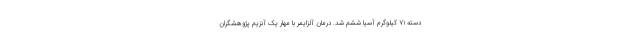
دسته ۷۱ کیلوگرم آسیا ششم شد. درمان آلزایمر با مهار یک آنزیم پژوهشگران